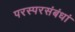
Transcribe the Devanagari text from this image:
परस्परसंबंधां